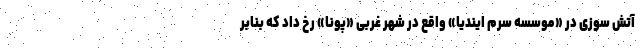
آتش سوزی در «موسسه سرم ایندیا» واقع در شهر غربی «پونا» رخ داد که بنابر